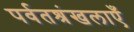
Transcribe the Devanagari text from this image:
पर्वतश्रंखलाएँ